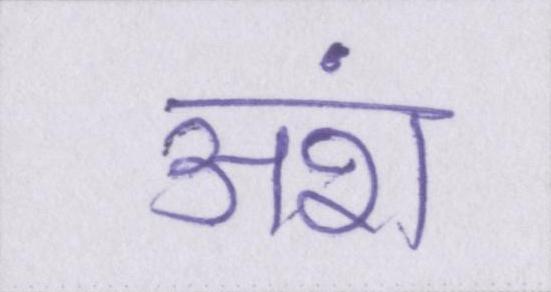
अंश